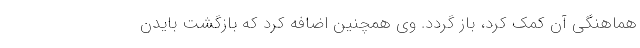
هماهنگی آن کمک کرد، باز گردد. وی همچنین اضافه کرد که بازگشت بایدن